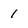
Character: 1